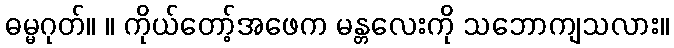
ဓမ္မဂုတ်။ ။ ကိုယ်တော့်အဖေက မန္တလေးကို သဘောကျသလား။